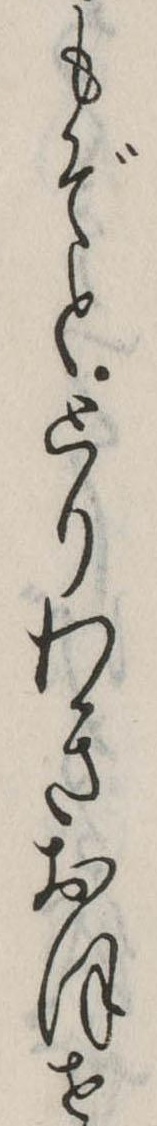
もぞととりわきおほせ